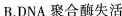
B.DNA聚合酶失活